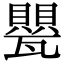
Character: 甖